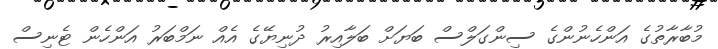
މުބާރާތުގެ އަންހެނުންގެ ސިންގަލްސް ބަޔަށް ބަލާއިރު ދުނިޔޭގެ އެއް ނަމްބަރު އަންހެން ޓެނިސް